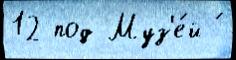
12 под Муз'е́й ́